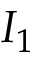
I _ { 1 }